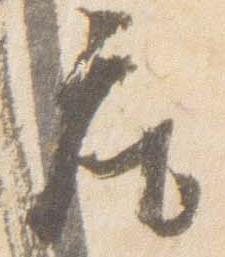
座